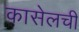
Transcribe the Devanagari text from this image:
कासेलची